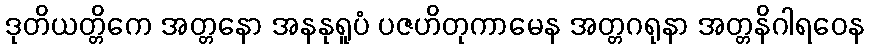
ဒုတိယတ္တိကေ အတ္တနော အနနုရူပံ ပဇဟိတုကာမေန အတ္တဂရုနာ အတ္တနိဂါရဝေန